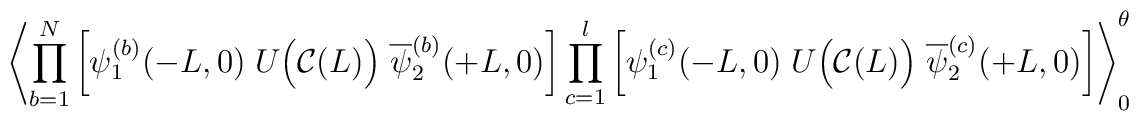
\left\langle \prod_{b=1}^N \left[\psi_{1}^{(b)}(-L,0) \; U\Big({\cal C}(L)\Big)\;\overline{\psi}_{2}^{(b)}(+L,0) \right]\prod_{c=1}^l \left[\psi_{1}^{(c)}(-L,0) \; U\Big({\cal C}(L)\Big)\;\overline{\psi}_{2}^{(c)}(+L,0) \right]\right\rangle_0^\theta